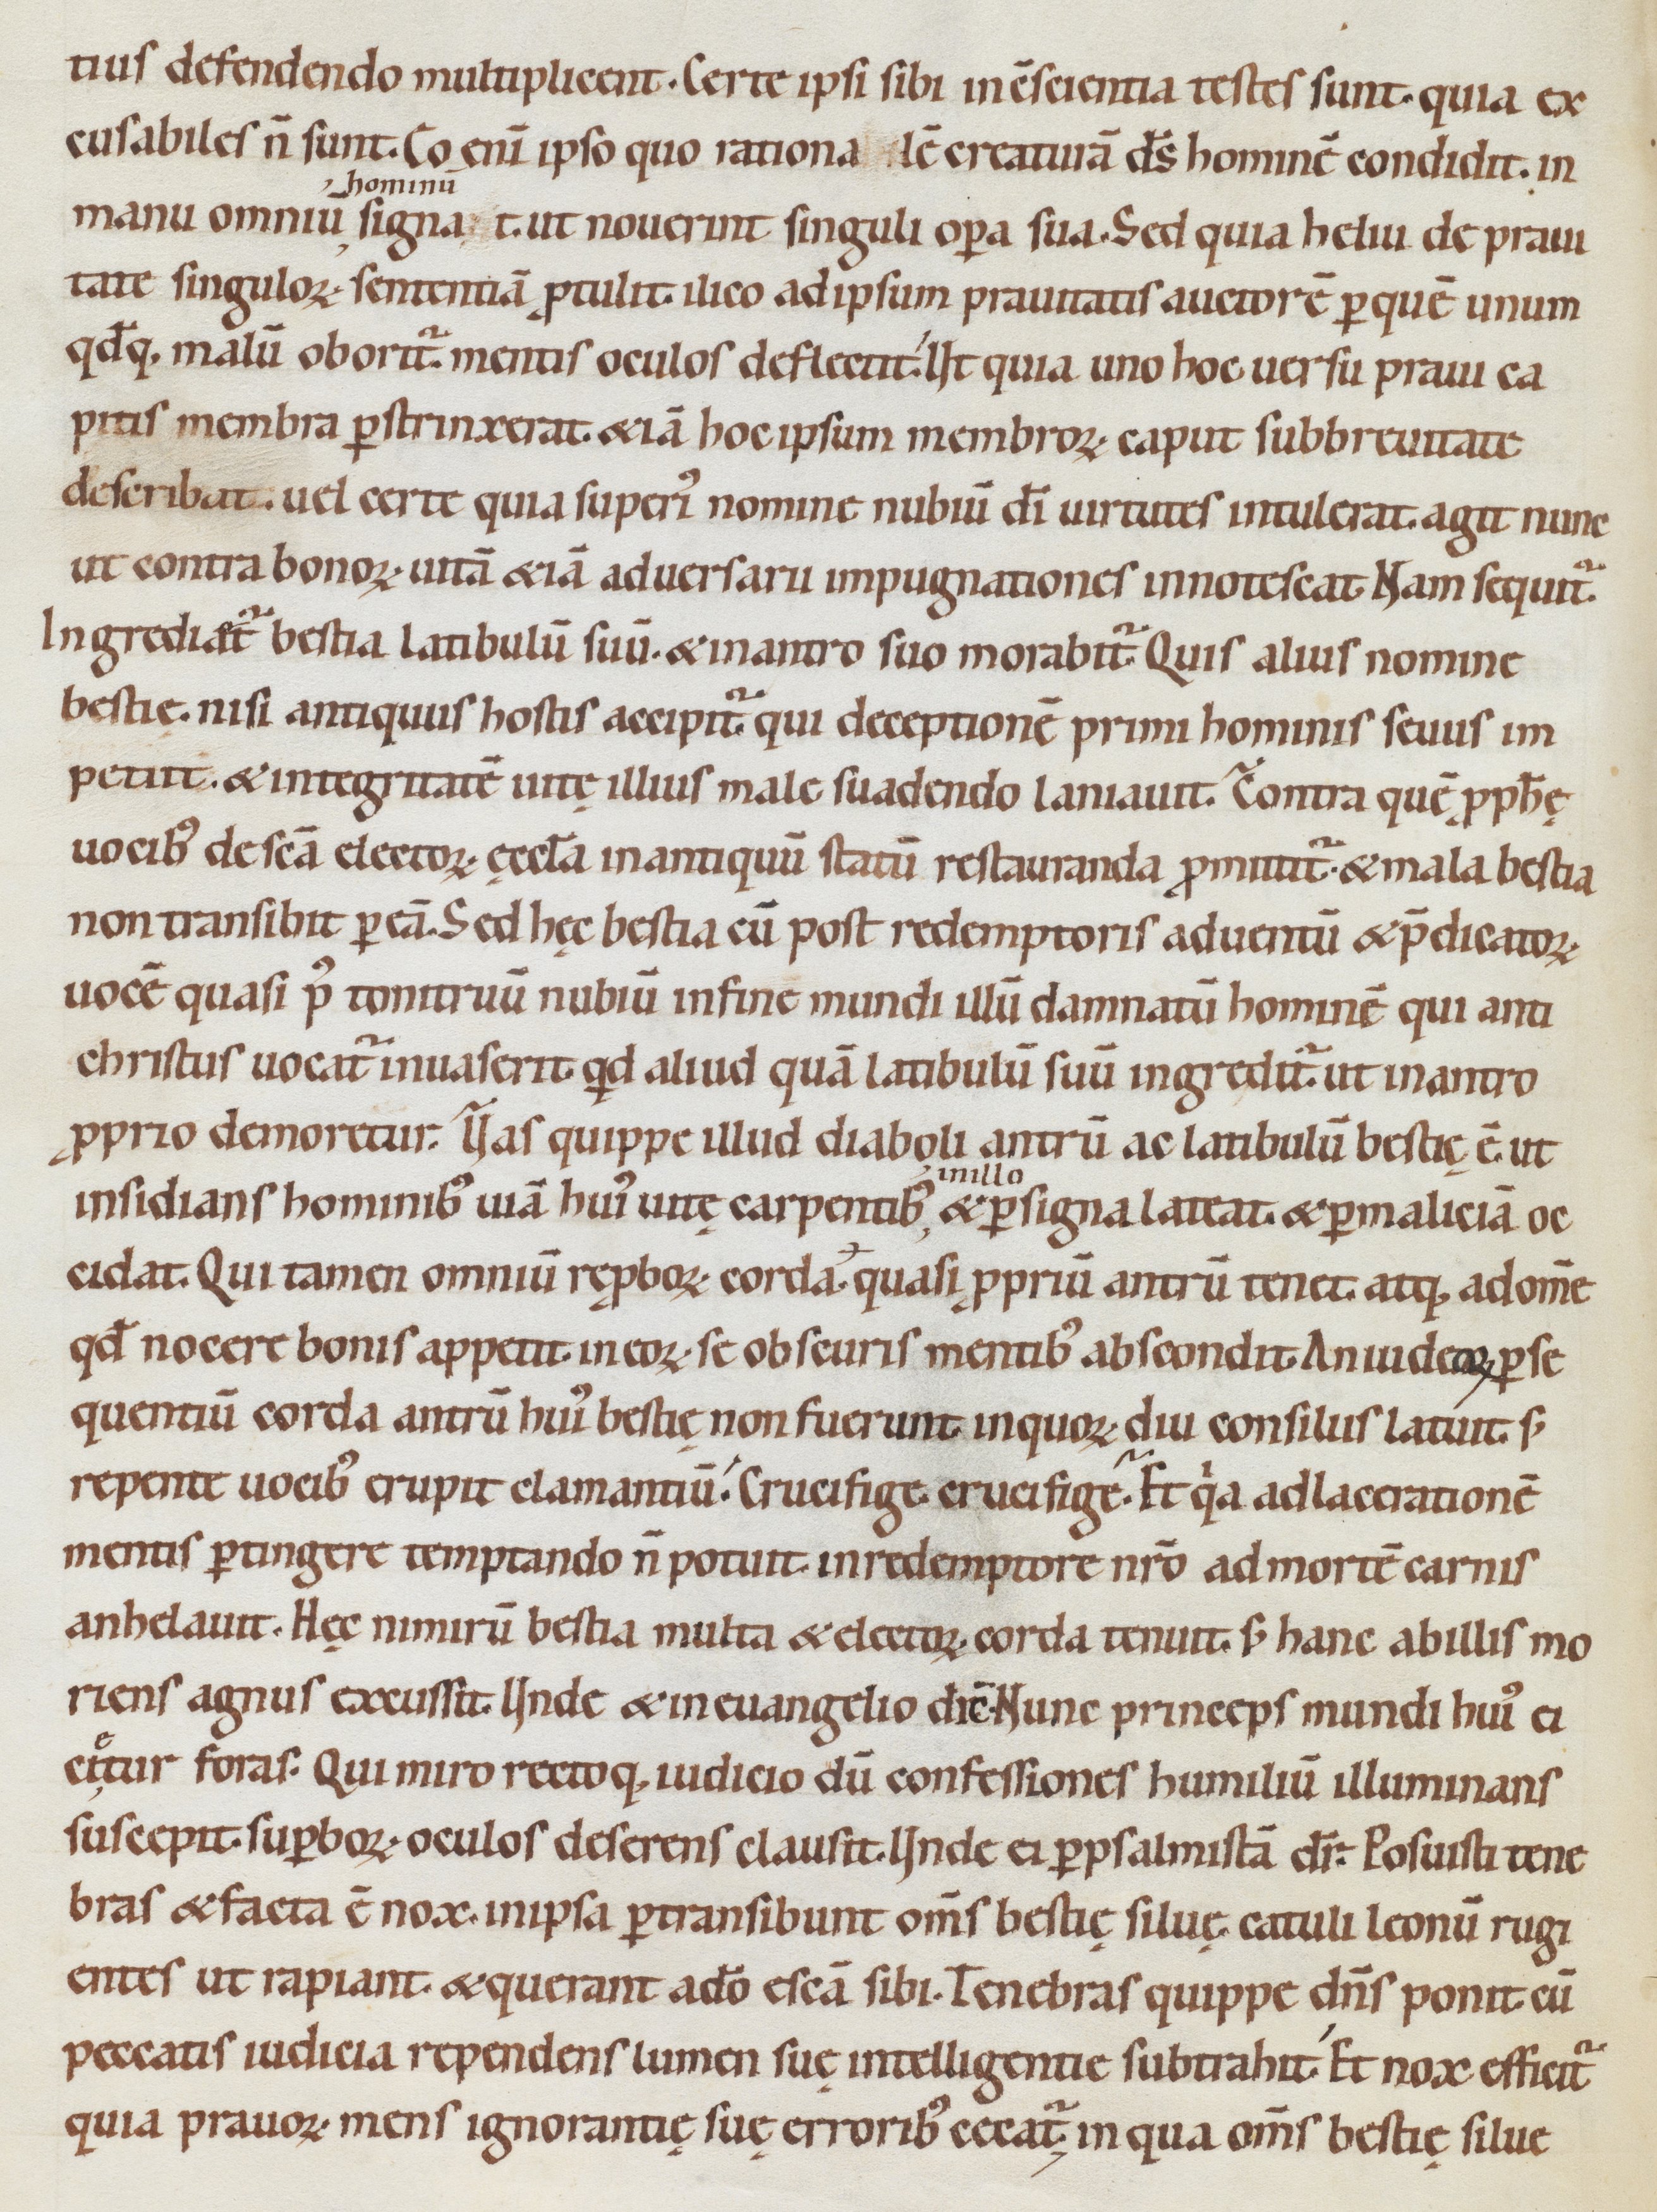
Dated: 1080–1096